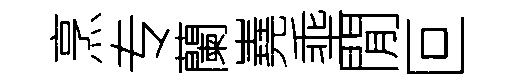
烹专蘭嶤埀閒叵